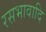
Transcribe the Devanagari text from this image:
रसभावादि